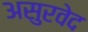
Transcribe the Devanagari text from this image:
असुरवेद